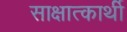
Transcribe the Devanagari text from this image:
साक्षात्कार्थी